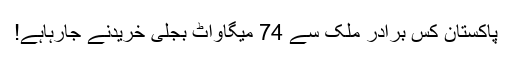
پاکستان کس برادر ملک سے 74 میگاواٹ بجلی خریدنے جارہاہے!